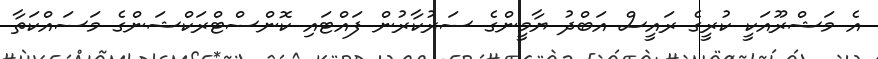
އެ މަޝްރޫއަކީ ކުރީގެ ރައީސް އަބްދު ޔާމީންގެ ސަރުކާރުން ފައްޓައި ކޮންސްޓްރަކްޝަންގެ މަސައްކަތާ